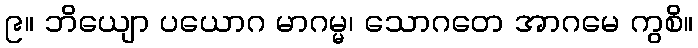
၉။ ဘိယျော ပယောဂ မာဂမ္မ၊ သောဂတေ အာဂမေ ကွစိ။